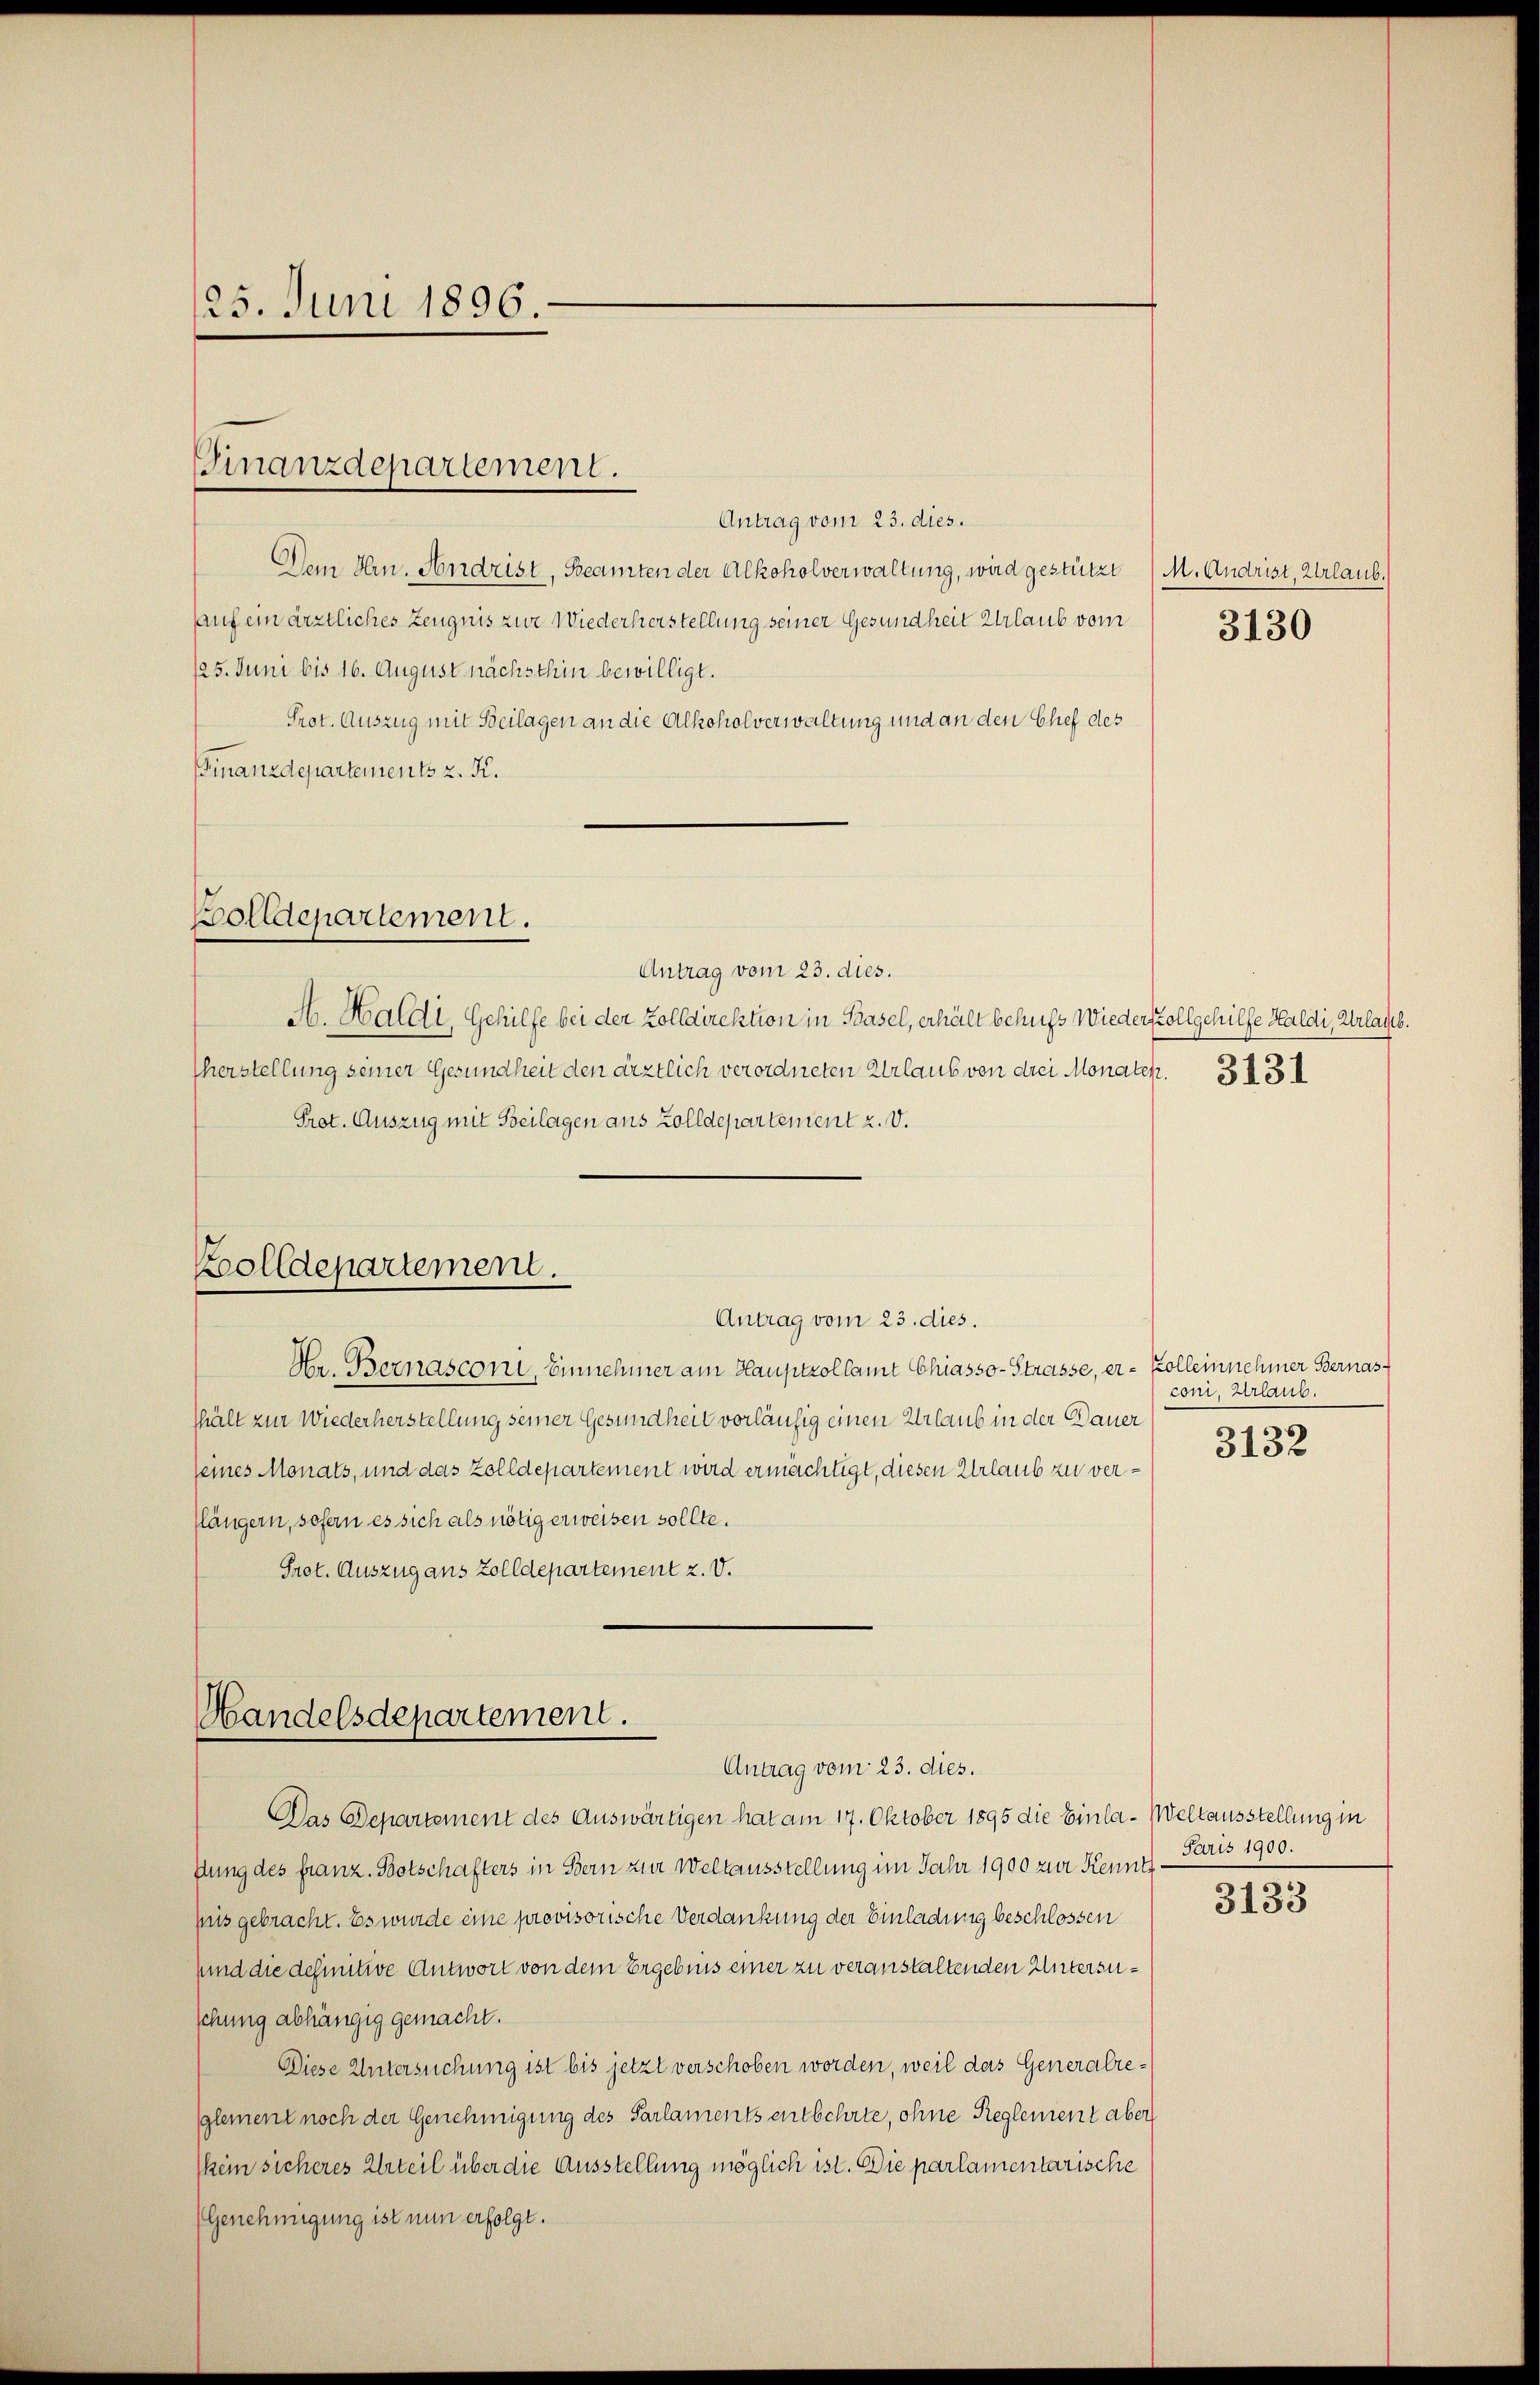
25. Juni 1896.

Finanzdepartement.

Antrag vom 23. dies.
Dem Hrn. Andrist, Beamten der Alkoholverwaltung, wird gestützt
auf ein ärztliches Zeugnis zur Wiederherstellung seiner Gesundheit Urlaub vom
125. Juni bis 16. August nächsthin bewilligt.
Prot. Auszug mit Beilagen an die Alkoholverwaltung und an den Chef des
Finanzdepartements z. K.

Bolldepartement.
Antrag vom 23. dies.

Bolldepartement.
Antrag vom 23. dies.

Mandelsdepartement.

A. Haldi, Gehilfe bei der Zolldirektion in Basel, erhält behufs Wiederkoll gehilfe Haldi, Urlaub.
herstellung seiner Gesundheit den ärztlich verordneten Urlaub von drei Monaten.
Prot. Auszug mit Beilagen aus Zolldepartement z. V.

Hr. Bernasconi, Einnehmer am Hauptzollamt Chiasso-Strasse, er- Kolleinnehmer Bernasthält zur Wiederherstellung seiner Gesundheit vorläufig einen Urlaub in der Dauer
seines Monats, und das Zolldepartement wird ermächtigt, diesen Urlaub zu verflängern, sofern es sich als nötig erweisen sollte.
Pret. Auszug aus Zolldepartement z. v.

Antrag vom 23. dies.

Das Departement des Auswärtigen hat am 17. Oktober 1895 die Einla-Weltausstellung in
dung des franz. Botschafters in Bern zur Weltausstellung im Jahr 1900 zur Kennt
pis gebracht. Es wurde eine provisorische Verdankung der Einladung beschlossen
und die definitive Antwort von dem Ergebnis einer zu veranstaltenden Untersuschung abhängig gemacht.
Diese Untersuchung ist bis jetzt verschoben worden, weil das Generalreglement noch der Genehmigung des Parlaments entbehrte, ohne Reglement aber
kein sicheres Urteil über die Ausstellung möglich ist. Die parlamentarische
(Genehmigung ist nun erfolgt.

M. Andrist, Urlaub.

3131

3130

coni, Urlaub.
3132

Jaris 1900.

3133